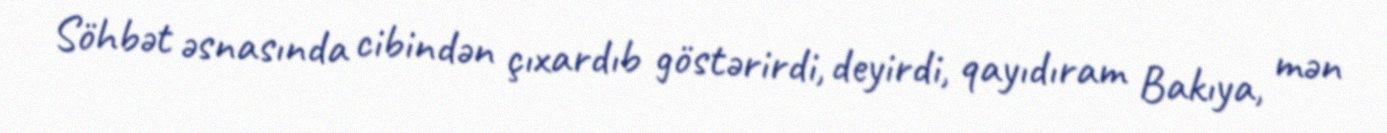
Söhbət əsnasında cibindən çıxardıb göstərirdi, deyirdi, qayıdıram Bakıya, mən